Civil Veterinary Dept. North-West Frontier Province 1901-22 - 1901-1922
Year: 1901
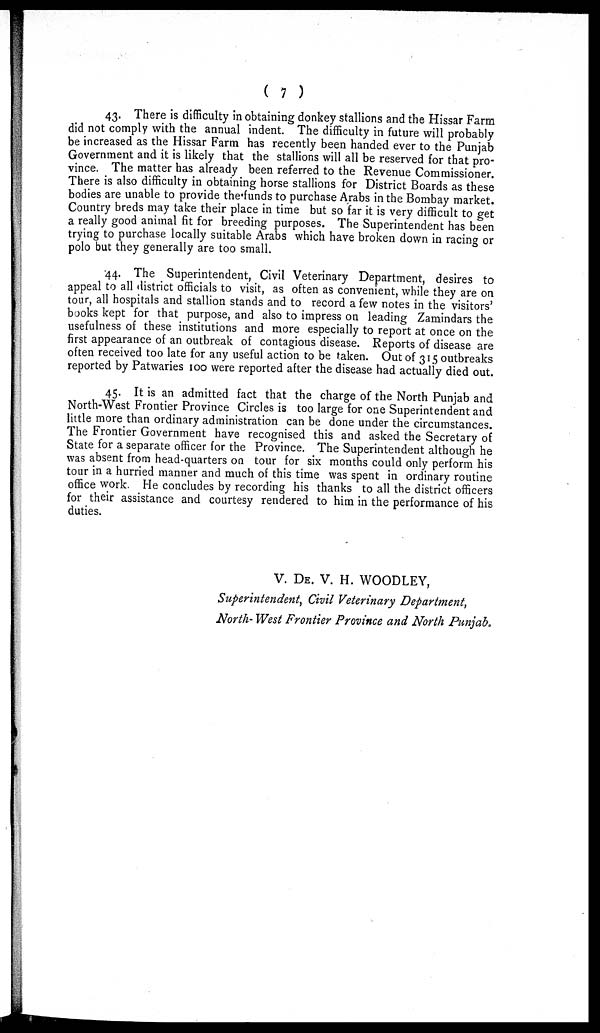
( 7 )
43. There is difficulty in obtaining donkey stallions and the Hissar Farm
did not comply with the annual indent. The difficulty in future will probably
be increased as the Hissar Farm has recently been handed ever to the Punjab
Government and it is likely that the stallions will all be reserved for that pro-
vince. The matter has already been referred to the Revenue Commissioner.
There is also difficulty in obtaining horse stallions for District Boards as these
bodies are unable to provide the funds to purchase Arabs in the Bombay market.
Country breds may take their place in time but so far it is very difficult to get
a really good animal fit for breeding purposes. The Superintendent has been
trying to purchase locally suitable Arabs which have broken down in racing or
polo but they generally are too small.
44. The Superintendent, Civil Veterinary Department, desires to
appeal to all district officials to visit, as often as convenient, while they are on
tour, all hospitals and stallion stands and to record a few notes in the visitors'
books kept for that purpose, and also to impress on leading Zamindars the
usefulness of these institutions and more especially to report at once on the
first appearance of an outbreak of contagious disease. Reports of disease are
often received too late for any useful action to be taken. Out of 315 outbreaks
reported by Patwaries 100 were reported after the disease had actually died out.
45. It is an admitted fact that the charge of the North Punjab and
North-West Frontier Province Circles is too large for one Superintendent and
little more than ordinary administration can be done under the circumstances.
The Frontier Government have recognised this and asked the Secretary of
State for a separate officer for the Province. The Superintendent although he
was absent from head-quarters on tour for six months could only perform his
tour in a hurried manner and much of this time was spent in ordinary routine
office work. He concludes by recording his thanks to all the district officers
for their assistance and courtesy rendered to him in the performance of his
duties.
V. DE. V. H. WOODLEY,
Superintendent, Civil Veterinary Department,
North- West Frontier Province and North Punjab.